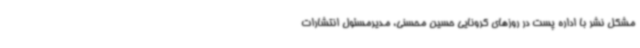
مشکل نشر با اداره پست در روزهای کرونایی حسین محسنی، مدیرمسئول انتشارات